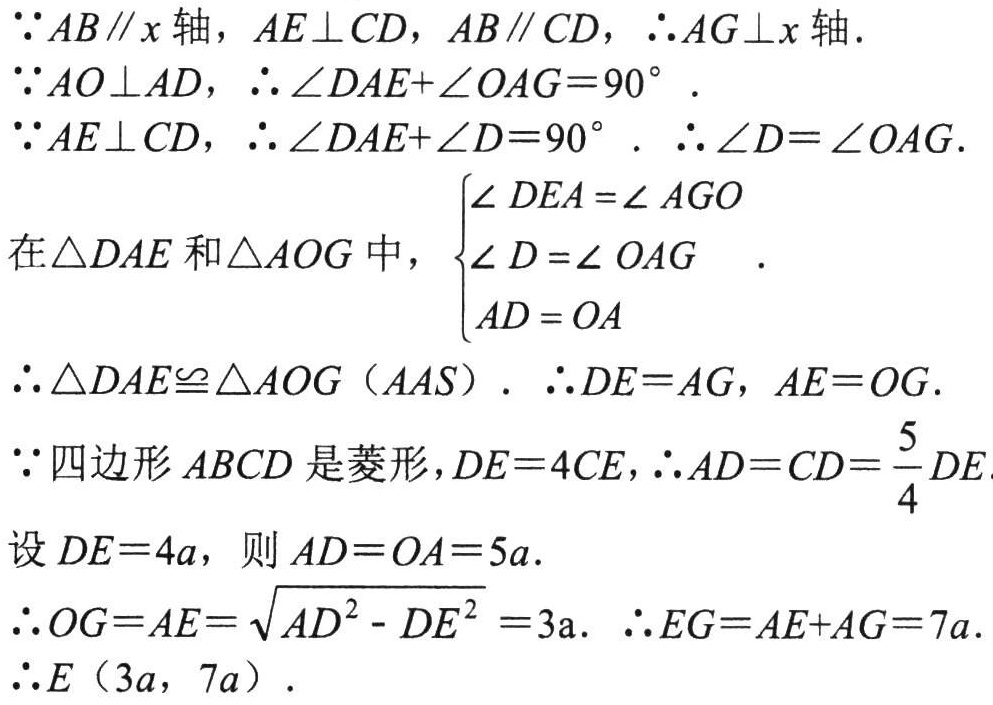
\(\because AB\parallel x\text{轴}，AE\perp CD，AB\parallel CD，\therefore AG\perp x\text{轴}.\)

\(\because AO\perp AD，\therefore \angle DAE + \angle OAG = 90^{\circ}.\)

\(\because AE\perp CD，\therefore \angle DAE+\angle D = 90^{\circ}.\ \therefore \angle D=\angle OAG.\)

在\(\triangle DAE\)和\(\triangle AOG\)中，\(\begin{cases}

\angle DEA=\angle AGO\\

\angle D=\angle OAG\\

AD = OA

\end{cases}.\)

\(\therefore \triangle DAE\cong \triangle AOG\left(AAS\right).\ \therefore DE = AG，AE = OG.\)

\(\because\)四边形\(ABCD\)是菱形，\(DE = 4CE\)，\(\therefore AD = CD=\frac{5}{4}DE\)

设\(DE = 4a\)，则\(AD = OA = 5a.\)

\(\therefore OG = AE=\sqrt{AD^{2}-DE^{2}} = 3a.\ \therefore EG = AE + AG = 7a.\)

\(\therefore E\left(3a,\ 7a\right).\)